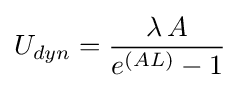
U_{dyn}={\frac {\lambda \,A}{e^{\left(AL\right)}-1}}